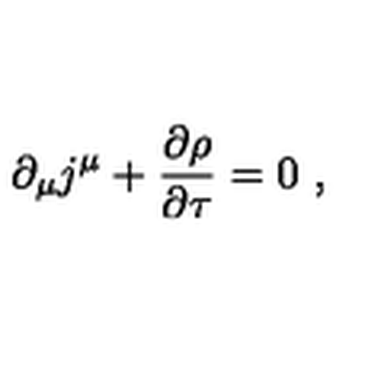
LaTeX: \partial _ { \mu } j ^ { \mu } + \frac { \partial \rho } { \partial \tau } = 0 \ ,